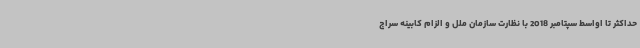
حداکثر تا اواسط سپتامبر 2018 با نظارت سازمان ملل و الزام کابینه سراج